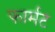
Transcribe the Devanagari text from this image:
फार्मट